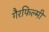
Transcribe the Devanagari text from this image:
गैरफिल्मी